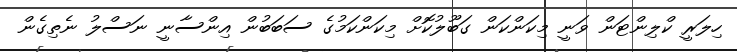
ހިލަރީ ކްލިންޓަން ވަނީ މިކަންކަން ގަބޫލުކޮށް މިކަންކަމުގެ ސަބަބުން އިންސާނީ ނަސްލު ނެތިގެން